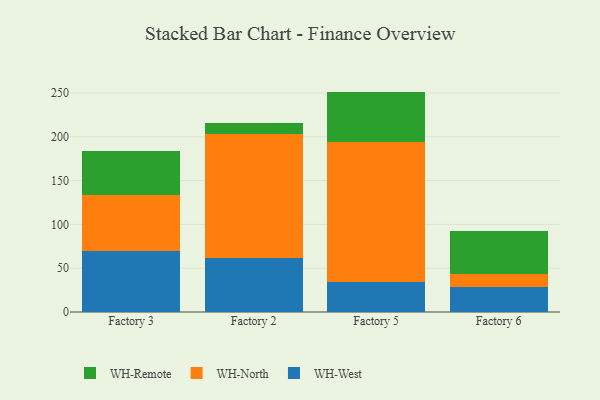
{"axis": {"x": "Factory", "y": "Tickets Resolved"}, "legend": ["WH-North", "WH-Remote", "WH-West"], "data": [{"x": "Factory 3", "y": 69.6, "type": "WH-West"}, {"x": "Factory 3", "y": 64.1, "type": "WH-North"}, {"x": "Factory 3", "y": 50.2, "type": "WH-Remote"}, {"x": "Factory 2", "y": 61.3, "type": "WH-West"}, {"x": "Factory 2", "y": 141.4, "type": "WH-North"}, {"x": "Factory 2", "y": 12.6, "type": "WH-Remote"}, {"x": "Factory 5", "y": 34.2, "type": "WH-West"}, {"x": "Factory 5", "y": 160.2, "type": "WH-North"}, {"x": "Factory 5", "y": 57.2, "type": "WH-Remote"}, {"x": "Factory 6", "y": 28.0, "type": "WH-West"}, {"x": "Factory 6", "y": 15.8, "type": "WH-North"}, {"x": "Factory 6", "y": 49.1, "type": "WH-Remote"}]}